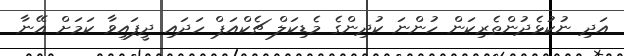
އަދި ނުކުޅެދުންތެރިކަން ހުންނަ ކުދިންގެ މެޑިކަލް ޗެކްއަޕް ހަދައި ދީފައިވާ ކަމަށް އޭނާ